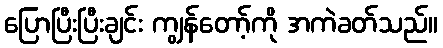
ပြောပြီးပြီးချင်း ကျွန်တော့်ကို အကဲခတ်သည်။